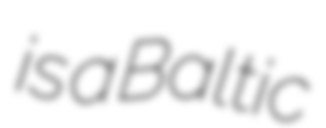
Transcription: is a Baltic